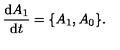
\frac { \mathrm { d } A _ { 1 } } { \mathrm { d } t } = \{ A _ { 1 } , A _ { 0 } \} .